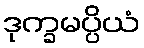
ဒုက္ခမပ္ပိယံ